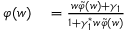
\begin{array} { r l } { \varphi ( w ) } & { { } = \frac { w \tilde { \varphi } ( w ) + \gamma _ { 1 } } { 1 + \gamma _ { 1 } ^ { * } w \tilde { \varphi } ( w ) } } \end{array}